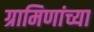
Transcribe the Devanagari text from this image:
ग्रामिणांच्या